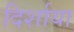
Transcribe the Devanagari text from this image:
दिर्शाया